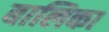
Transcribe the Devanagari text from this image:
बालिका